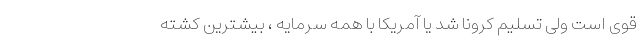
قوی است ولی تسلیم کرونا شد یا آمریکا با همه سرمایه ، بیشترین کشته